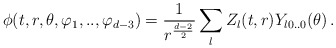
\begin{align*}\phi(t,r,\theta,\varphi_1,..,\varphi_{d-3})= \frac{1}{r^{\frac{d-2}{2}}}\sum_{l}Z_l(t,r) Y_{l0..0}(\theta)\,.\end{align*}